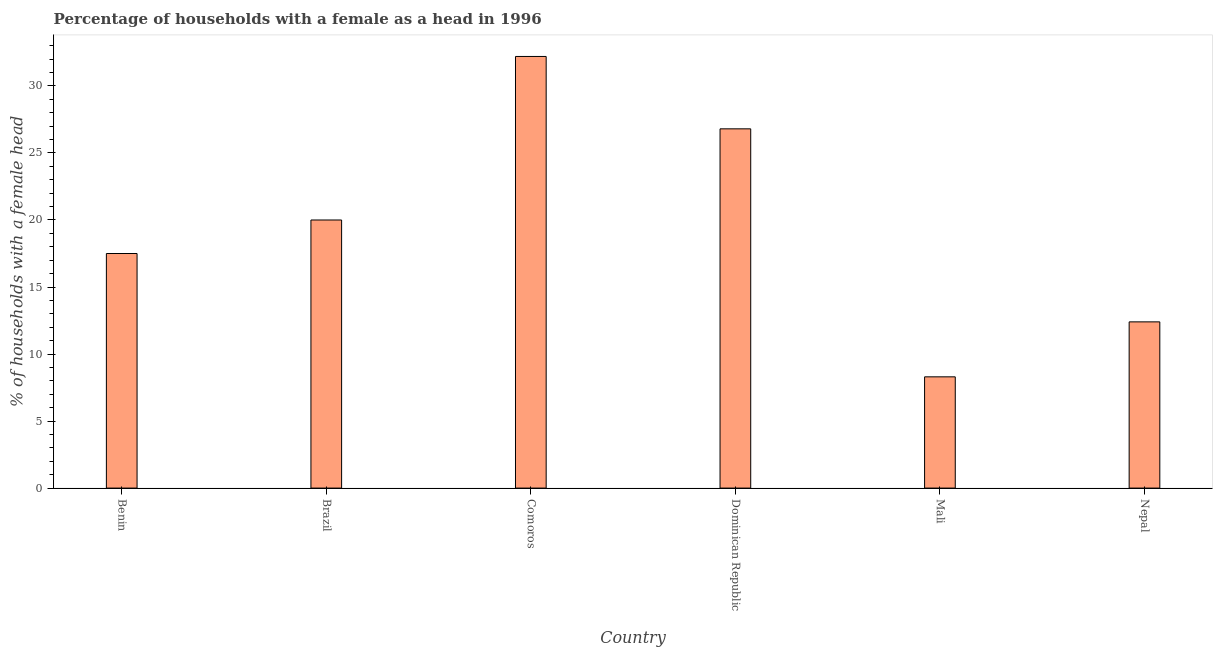
| Country | Female headed households |
 | --- | --- |
 | Benin | 17.5 |
 | Brazil | 20 |
 | Comoros | 32.2 |
 | Dominican Republic | 26.8 |
 | Mali | 8.3 |
 | Nepal | 12.4 |